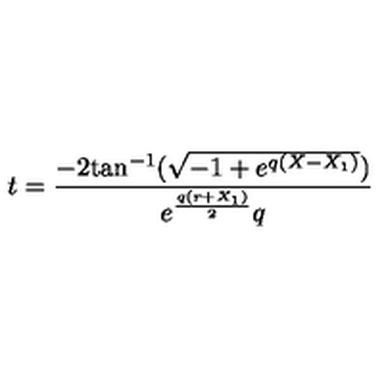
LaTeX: t = { \frac { - 2 \mathrm { t a n } ^ { - 1 } ( { \sqrt { - 1 + { e ^ { q \left( X - { X _ { 1 } } \right) } } } } ) { } } { { e ^ { { \frac { q \left( r + { X _ { 1 } } \right) } { 2 } } } } q } }